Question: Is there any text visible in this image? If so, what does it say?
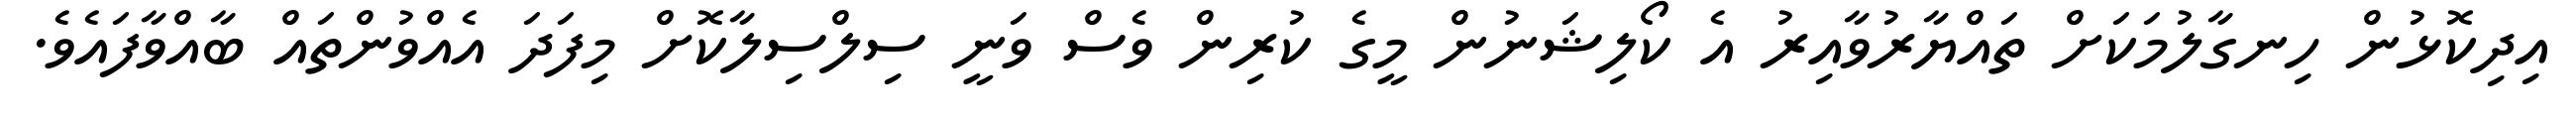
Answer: އިދިކޮޅުން ހިނގާލުމަކަށް ތައްޔާރުވާއިރު އެ ކޯލިޝަނުން މީގެ ކުރިން ވެސް ވަނީ ސިލްސިލާކޮށް މިފަދަ އެއްވުންތައް ބާއްވާފައެވެ.